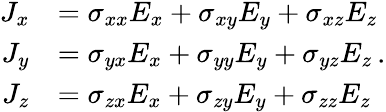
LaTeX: {\begin{array}{rl}{J_{x}}&{=\sigma_{xx}E_{x}+\sigma_{xy}E_{y}+\sigma_{xz}E_{z}}\\ {J_{y}}&{=\sigma_{yx}E_{x}+\sigma_{yy}E_{y}+\sigma_{yz}E_{z}}\\ {J_{z}}&{=\sigma_{zx}E_{x}+\sigma_{zy}E_{y}+\sigma_{zz}E_{z}}\end{array}}.